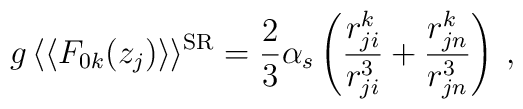
g \, \langle\langle F_{0k}(z_j) \rangle\rangle^{{\rm SR}} =  \frac{2}{3}\alpha_s \left( \frac{r_{ji}^k}{r_{ji}^3} +\frac{r_{jn}^k}{r_{jn}^3} \right) \> ,